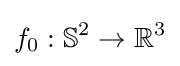
f_{0}:\mathbb {S} ^{2}\to \mathbb {R} ^{3}